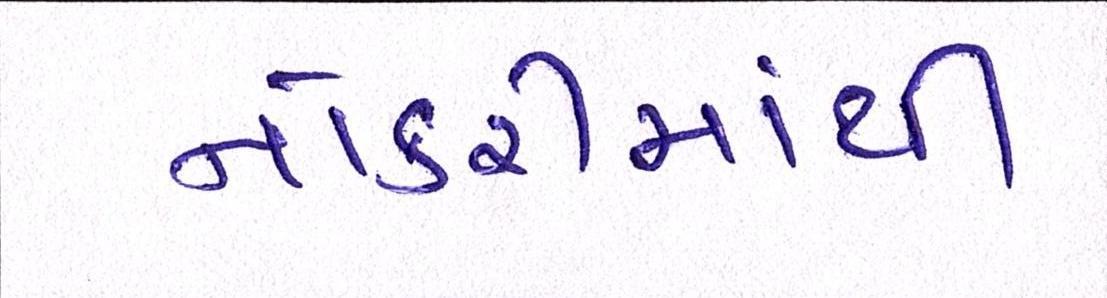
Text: નોકરીમાંથી